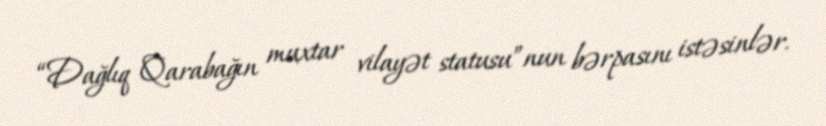
“Dağlıq Qarabağın muxtar vilayət statusu”nun bərpasını istəsinlər.